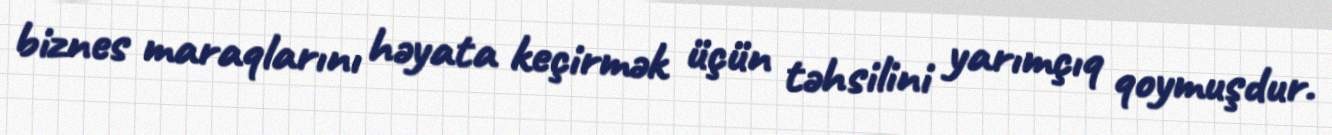
biznes maraqlarını həyata keçirmək üçün təhsilini yarımçıq qoymuşdur.